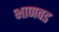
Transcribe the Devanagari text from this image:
भाणवड